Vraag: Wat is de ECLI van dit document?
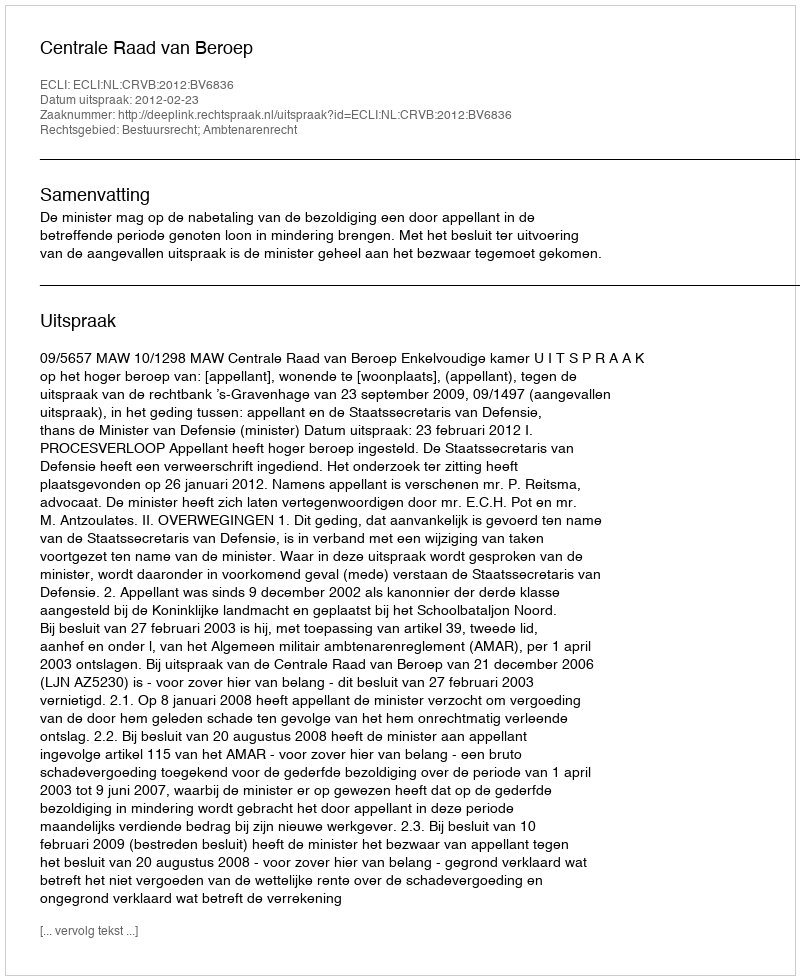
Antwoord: ECLI:NL:CRVB:2012:BV6836